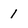
Character: 1